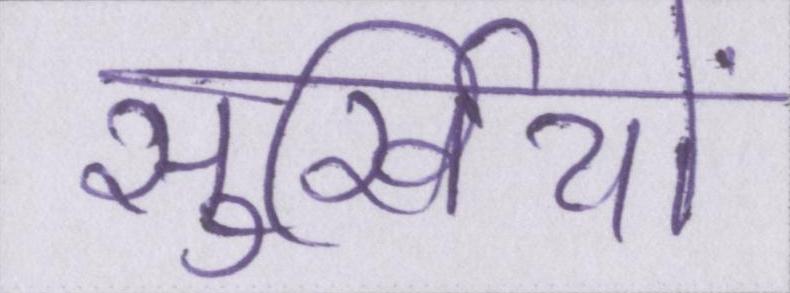
सुर्खियों